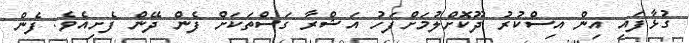
ގުޅާފައި އިން އިސްކުރު ދޫކޮށްލުމަށްފަހު އަޝްރާ ގަސްތަކަށް ފެން ދޭން ފެށިއެވެ. ފެން